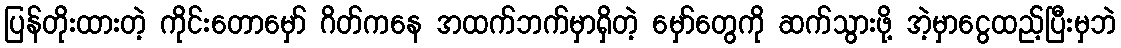
ပြန်တိုးထားတဲ့ ကိုင်းတောမှော် ဂိတ်ကနေ အထက်ဘက်မှာရှိတဲ့ မှော်တွေကို ဆက်သွားဖို့ အဲ့မှာငွေထည့်ပြီးမှဘဲ